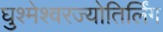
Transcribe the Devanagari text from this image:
घुश्मेश्वरज्योतिर्लिंग